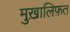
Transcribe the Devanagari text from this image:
मुख़ालिफ़त